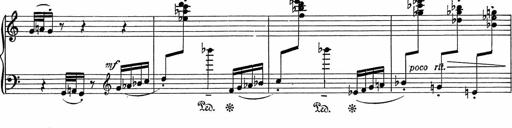
Title: 3Ã¨me Sonatine
Composer: Raffaele d' Alessandro